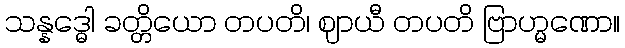
သန္နဒ္ဓေါ ခတ္တိယော တပတိ၊ ဈာယီ တပတိ ဗြာဟ္မဏော။